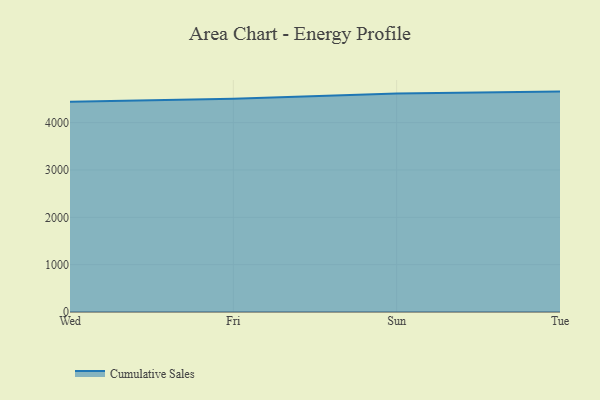
{"axis": {"x": "Day", "y": "Market Share (%)"}, "legend": ["Cumulative Sales"], "data": [{"x": "Wed", "y": 4439.7, "type": "Cumulative Sales"}, {"x": "Fri", "y": 4506.4, "type": "Cumulative Sales"}, {"x": "Sun", "y": 4615.2, "type": "Cumulative Sales"}, {"x": "Tue", "y": 4655.7, "type": "Cumulative Sales"}]}